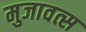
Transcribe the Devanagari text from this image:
मुजावत्स